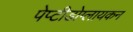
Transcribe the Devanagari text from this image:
पेप्टीडोग्लायकन